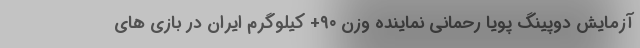
آزمایش دوپینگ پویا رحمانی نماینده وزن ۹۰+ کیلوگرم ایران در بازی های